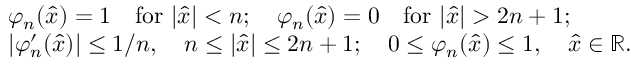
\begin{array} { r l } & { \varphi _ { n } ( \widehat { x } ) = 1 \quad \mathrm { f o r ~ } | \widehat { x } | < n ; \quad \varphi _ { n } ( \widehat { x } ) = 0 \quad \mathrm { f o r ~ } | \widehat { x } | > 2 n + 1 ; } \\ & { | \varphi _ { n } ^ { \prime } ( \widehat { x } ) | \leq 1 / n , \quad n \leq | \widehat { x } | \leq 2 n + 1 ; \quad 0 \leq \varphi _ { n } ( \widehat { x } ) \leq 1 , \quad \widehat { x } \in { \mathbb R } . } \end{array}